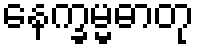
နေက္ခမ္မဓာတု